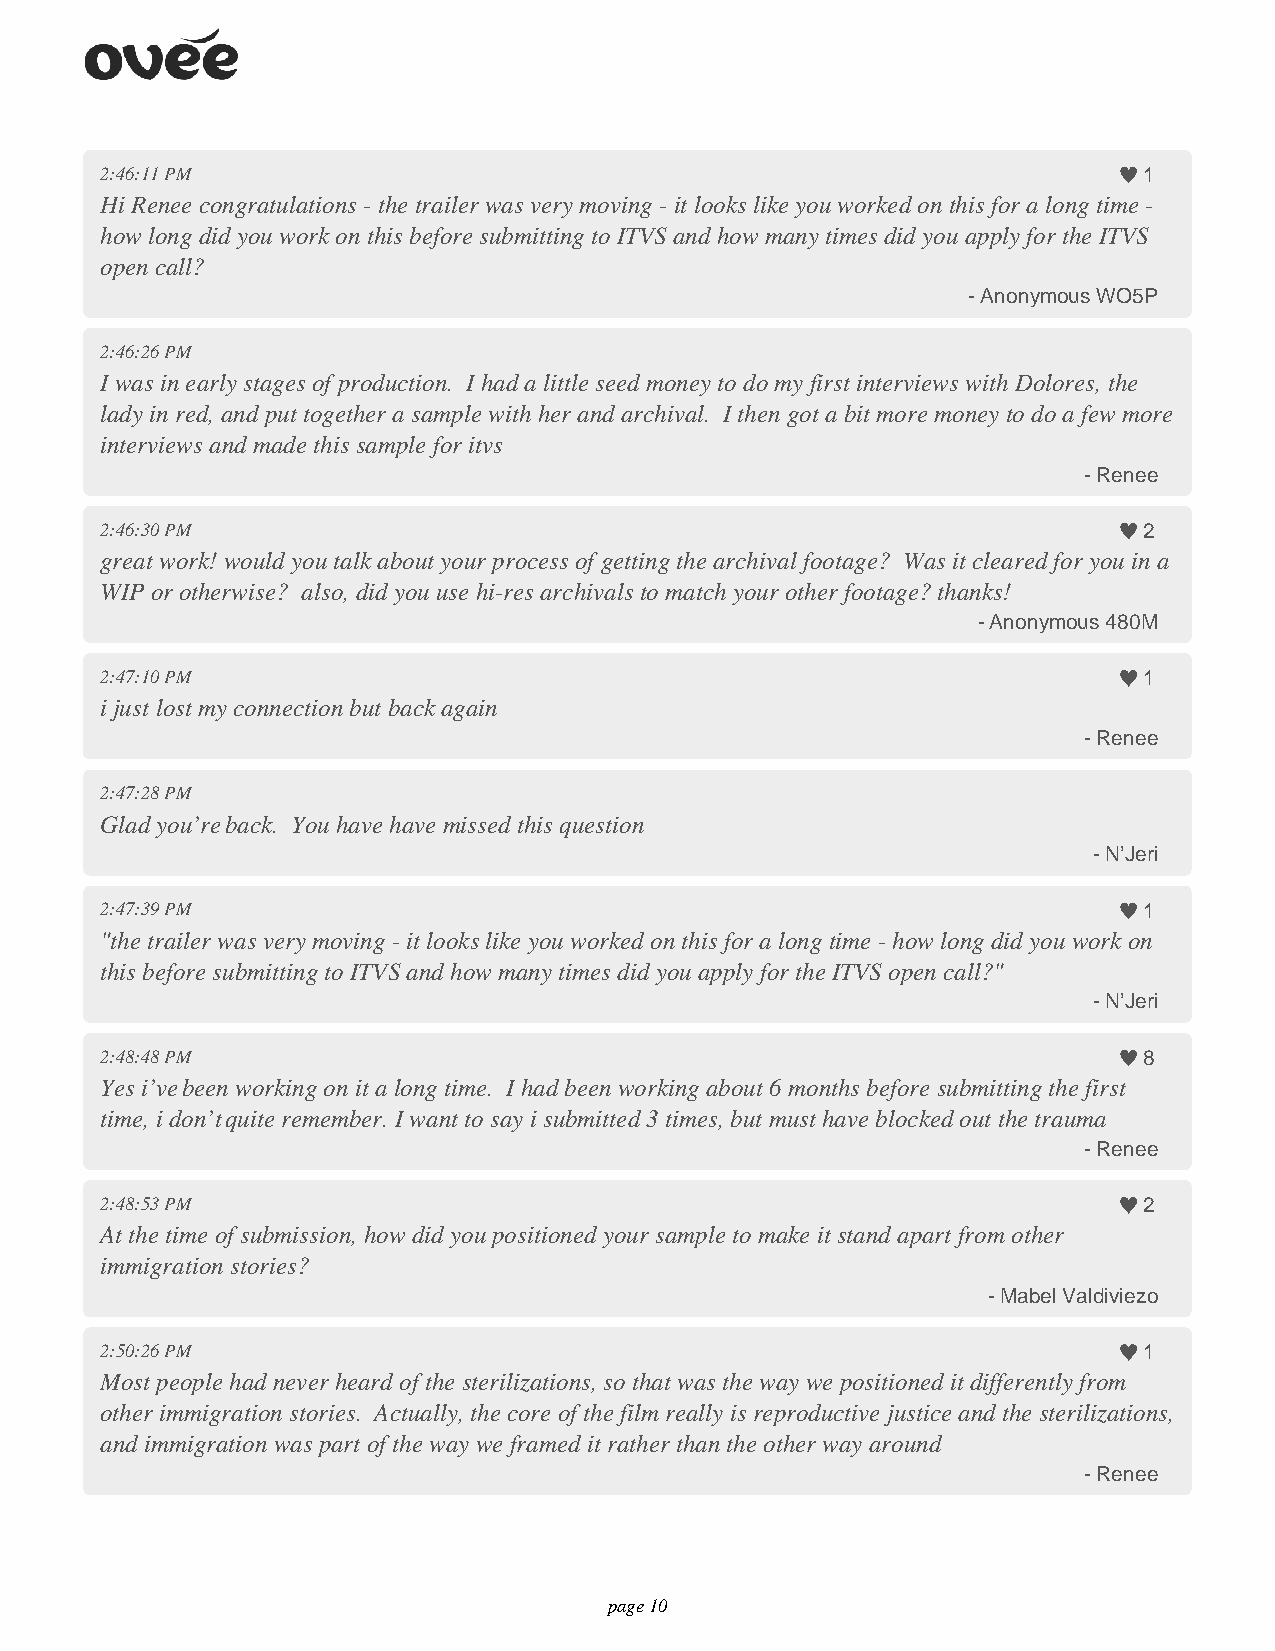
2:46:11 PM                                                           1
 Hi Renee congratulations - the trailer was very moving - it looks like you worked on this for a long time -
 how long did you work on this before submitting to ITVS and how many times did you apply for the ITVS
 open call?
 - Anonymous WO5P
 2:46:26 PM
 I was in early stages of production. I had a little seed money to do my first interviews with Dolores, the
 lady in red, and put together a sample with her and archival. I then got a bit more money to do a few more
 interviews and made this sample for itvs
 - Renee
 2:46:30 PM                                                           2
 great work! would you talk about your process of getting the archival footage? Was it cleared for you in a
 WIP or otherwise? also, did you use hi-res archivals to match your other footage? thanks!
 - Anonymous 480M
 2:47:10 PM                                                           1
 i just lost my connection but back again
 - Renee
 2:47:28 PM
 Glad you’re back. You have have missed this question
 - N’Jeri
 2:47:39 PM                                                           1
 "the trailer was very moving - it looks like you worked on this for a long time - how long did you work on
 this before submitting to ITVS and how many times did you apply for the ITVS open call?"
 - N’Jeri
 2:48:48 PM                                                           8
 Yes i’ve been working on it a long time. I had been working about 6 months before submitting the first
 time, i don’t quite remember. I want to say i submitted 3 times, but must have blocked out the trauma
 - Renee
 2:48:53 PM                                                           2
 At the time of submission, how did you positioned your sample to make it stand apart from other
 immigration stories?
 - Mabel Valdiviezo
 2:50:26 PM                                                           1
 Most people had never heard of the sterilizations, so that was the way we positioned it differently from
 other immigration stories. Actually, the core of the film really is reproductive justice and the sterilizations,
 and immigration was part of the way we framed it rather than the other way around
 - Renee
 page 10